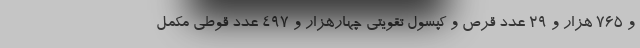
و 765 هزار و 29 عدد قرص و کپسول تقویتی چهارهزار و 497 عدد قوطی مکمل